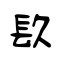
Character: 镹